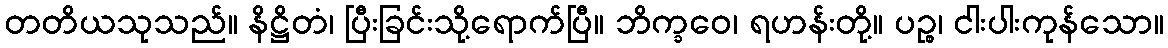
တတိယသုသည်။ နိဋ္ဌိတံ၊ ပြီးခြင်းသို့ရောက်ပြီ။ ဘိက္ခဝေ၊ ရဟန်းတို့။ ပဉ္စ၊ ငါးပါးကုန်သော။